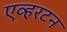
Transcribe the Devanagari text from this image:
एव्हरटन